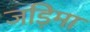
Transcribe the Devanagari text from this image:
जड़िमा